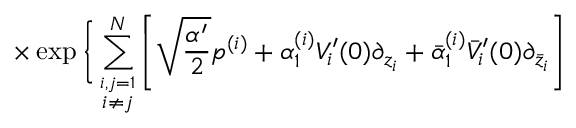
\times \exp \bigg \{ \sum _ { \stackrel { i , j = 1 } { i \neq j } } ^ { N } \left[ \sqrt { \frac { \alpha ^ { \prime } } { 2 } } p ^ { ( i ) } + \alpha _ { 1 } ^ { ( i ) } V _ { i } ^ { \prime } ( 0 ) \partial _ { z _ { i } } + \bar { \alpha } _ { 1 } ^ { ( i ) } \bar { V } _ { i } ^ { \prime } ( 0 ) \partial _ { \bar { z } _ { i } } \right]